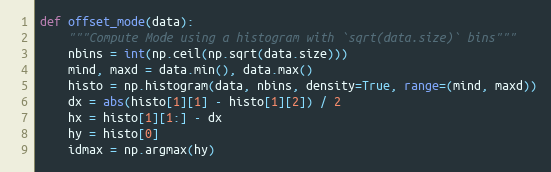
Language: Python
def offset_mode(data):
    """Compute Mode using a histogram with `sqrt(data.size)` bins"""
    nbins = int(np.ceil(np.sqrt(data.size)))
    mind, maxd = data.min(), data.max()
    histo = np.histogram(data, nbins, density=True, range=(mind, maxd))
    dx = abs(histo[1][1] - histo[1][2]) / 2
    hx = histo[1][1:] - dx
    hy = histo[0]
    idmax = np.argmax(hy)